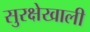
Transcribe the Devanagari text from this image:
सुरक्षेखाली